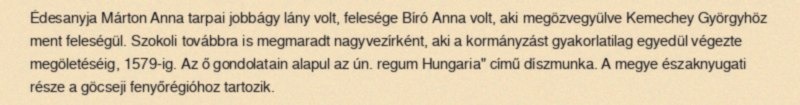
Édesanyja Márton Anna tarpai jobbágy lány volt, felesége Bíró Anna volt, aki megözvegyülve Kemechey Györgyhöz ment feleségül. Szokoli továbbra is megmaradt nagyvezírként, aki a kormányzást gyakorlatilag egyedül végezte megöletéséig, 1579-ig. Az ő gondolatain alapul az ún. regum Hungaria" című díszmunka. A megye északnyugati része a göcseji fenyőrégióhoz tartozik.